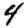
Digit: 4